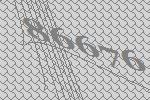
86676